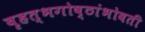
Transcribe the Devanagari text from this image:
बृहत्भगोष्ठांभोवती